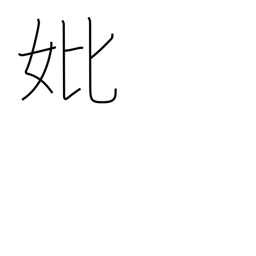
Meaning: mother